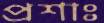
প্রশাঃ